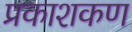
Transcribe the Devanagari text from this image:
प्रकाशकण